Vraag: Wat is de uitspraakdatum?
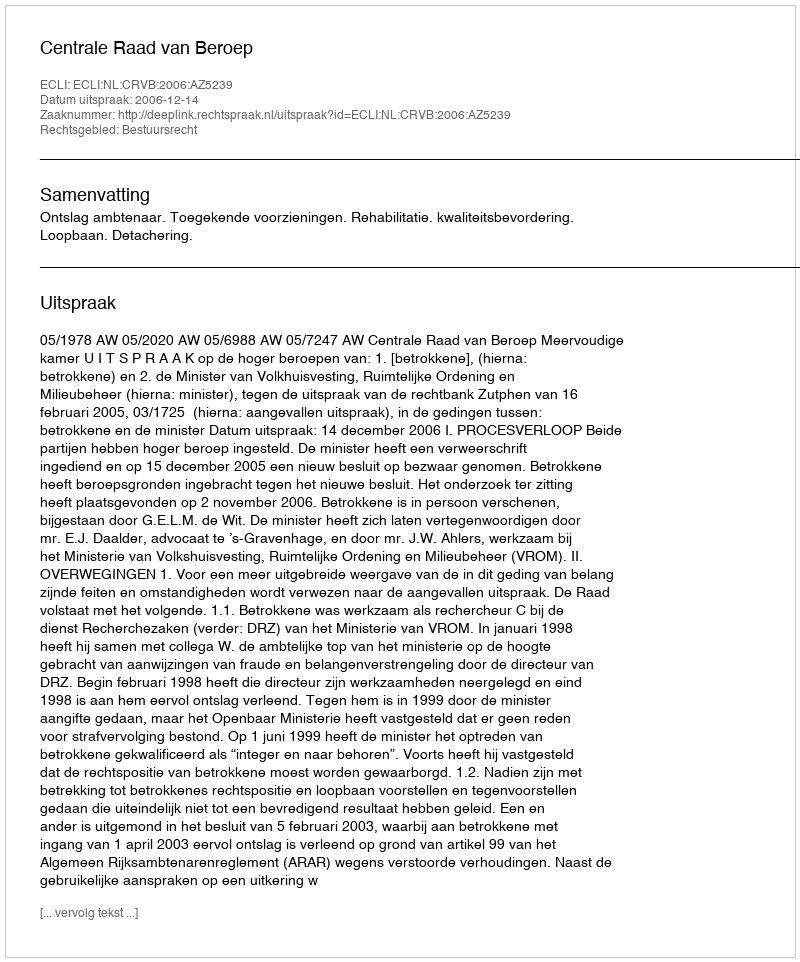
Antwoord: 2006-12-14